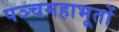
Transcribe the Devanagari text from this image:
पञ्चमहाभूतों